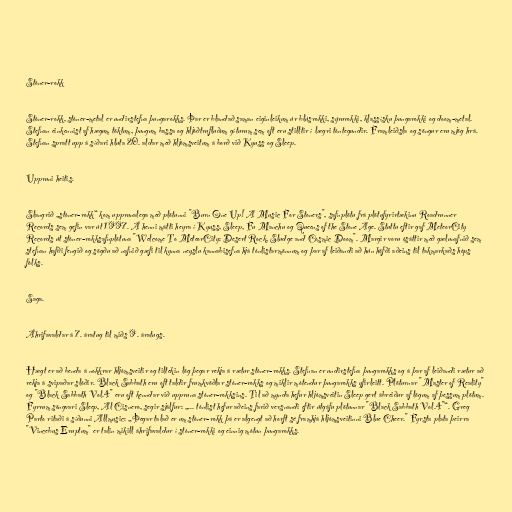
Stóner-rokk

Stóner-rokk, stóner-metal er undirstefna þungarokks. Þar er blandað saman eiginleikum úr blúsrokki, sýrurokki, klassísku þungarokki og doom-metal.
Stefnan einkennist af hægum töktum, þungum bassa og hljóðtrufluðum gíturum sem oft eru stilltir í lægri tóntegundir. Framleiðsla og söngur eru mjög hrá.
Stefnan spratt upp á síðari hluta 20. aldar með hljómsveitum á borð við Kyuss og Sleep.

Uppruni heitis.

Slangrið „stóner-rokk“ kom upprunalega með plötunni "Burn One Up! A Music For Stoners", safnplötu frá plötufyrirtækinu Roadrunner
Records sem gefin var út 1997. Á henni mátti heyra í Kyuss, Sleep, Fu Manchu og Queens of the Stone Age. Stuttu eftir gaf MeteorCity
Records út stóner-rokksafnplötuna "Welcome To MeteorCity: Desert Rock, Sludge and Cosmic Doom". Margir voru ósáttir með gælunafnið sem
stefnan hafði fengið og sögðu að nafnið gæfi til kynna neyslu kannabisefna hjá tónlistarmönnum og þar af leiðandi að hún höfði aðeins til takmarkaðs hóps
fólks.

Saga.

Áhrifavaldar á 7. áratug til miðs 9. áratugs.

Hægt er að benda á nokkrar hljómsveitir og tiltekin lög þegar rekja á rætur stóner-rokks. Stefnan er undirstefna þungarokks og á þar af leiðandi rætur að
rekja á svipaðar slóðir. Black Sabbath eru oft taldir frumkvöðlar stóner-rokks og miklir mótendur þungarokks yfirleitt. Plöturnar "Master of Reality"
og "Black Sabbath Vol.4" eru oft kenndar við uppruna stóner-rokksins. Til að mynda hefur hljómsveitin Sleep gert ábreiður af lögum af þessum plötum.
Fyrrum söngvari Sleep, Al Cisnero, segir sjálfur: „... tónlist hefur aðeins farið versnandi eftir útgáfu plötunnar "Black Sabbath Vol.4"“. Greg
Parto ritaði á síðunni Allmusic: „Þegar talað er um stóner-rokk þá er algengt að horft sé framhjá hljómsveitinni Blue Cheer." Fyrsta plata þeirra
"Vincebus Eruptum" er talin mikill áhrifavaldur í stóner-rokki og einnig mótun þungarokks.